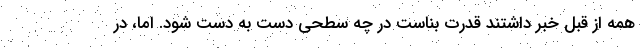
همه از قبل خبر داشتند قدرت بناست در چه سطحی دست به دست شود. اما، در